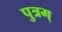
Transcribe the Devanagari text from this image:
पुत्रम्‌